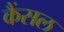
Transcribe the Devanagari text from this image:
कैंसल